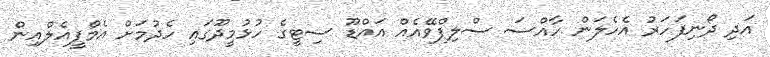
އަދި ދޯނިފަހަރު އެހެލަން ހާއްސަ ސްލިޕްވޭއެއް އައްޑޫ ސިޓީގެ ހުޅުމީދޫގައި ހެދުމަށް އެމްޕީއެލްއިން